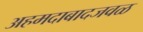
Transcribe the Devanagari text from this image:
अहमदाबादजवळ